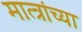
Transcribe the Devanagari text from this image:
मात्त्रांच्या